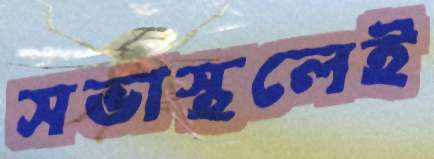
সভাস্থলেই